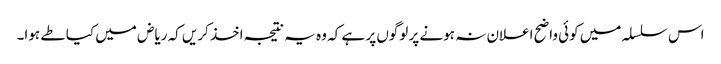
اس سلسلہ میں کوئی واضح اعلان نہ ہونے پر لوگوں پر ہے کہ وہ یہ نتیجہ اخذ کریں کہ ریاض میں کیا طے ہوا۔